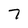
Character: 7